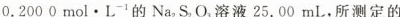
0.200 0mol·L^{-1}的Na_{2}S_{2}O_{3}溶液25.00mL，所测定的